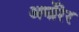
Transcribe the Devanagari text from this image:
अर्मोरेर